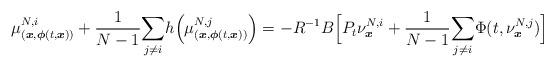
LaTeX: \begin{align*}\mu_{(\boldsymbol{x},\boldsymbol{\phi}(t,\boldsymbol{x}))}^{N,i}+\frac{1}{N-1}\underset{j\neq i}{\sum}h\Big(\mu_{(\boldsymbol{x},\boldsymbol{\phi}(t,\boldsymbol{x}))}^{N,j} \Big)=-R^{-1}B\Big[P_t\nu^{N,i}_{\boldsymbol{x}}+\frac{1}{N-1}\underset{j\neq i}{\sum}\Phi(t,\nu^{N,j}_{\boldsymbol{x}})\Big]\end{align*}